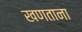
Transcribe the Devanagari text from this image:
खणताना